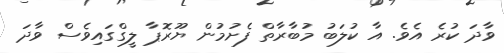
ވާދަ ކުރެ އެވެ. އާ ކުލަބު މުބާރާތް ފެށުމުން ޔޫރޮޕާ ލީގްގައިވެސް ވާދަ